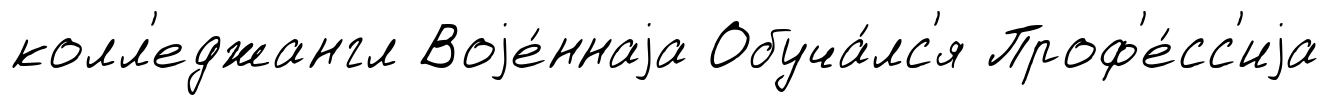
колл'еджангл Воjе́ннаjа Обуча́лс'я Проф'е́сс'иjа